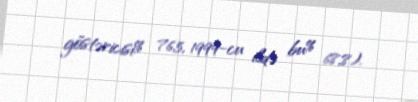
göstəricisi% 76,5, 1999-cu ildə bu% 68,8).